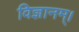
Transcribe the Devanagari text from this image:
विज्ञानम्।